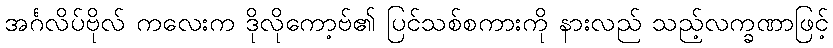
အင်္ဂလိပ်ဗိုလ် ကလေးက ဒိုလိုကော့ဗ်၏ ပြင်သစ်စကားကို နားလည် သည့်လက္ခဏာဖြင့်